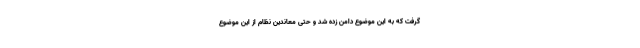
گرفت که به این موضوع دامن زده شد و حتی معاندین نظام از این موضوع